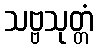
သဗ္ဗသုတ္တံ